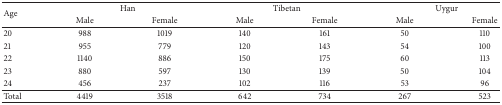
<table><thead><tr><td rowspan="2"><b>Age</b></td><td colspan="2"><b>Han</b></td><td colspan="2"><b>Tibetan</b></td><td colspan="2"><b>Uygur</b></td></tr><tr><td><b>Male</b></td><td><b>Female</b></td><td><b>Male</b></td><td><b>Female</b></td><td><b>Male</b></td><td><b>Female</b></td></tr></thead><tbody><tr><td>20</td><td>988</td><td>1019</td><td>140</td><td>161</td><td>50</td><td>110</td></tr><tr><td>21</td><td>955</td><td>779</td><td>120</td><td>143</td><td>54</td><td>100</td></tr><tr><td>22</td><td>1140</td><td>886</td><td>150</td><td>175</td><td>60</td><td>113</td></tr><tr><td>23</td><td>880</td><td>597</td><td>130</td><td>139</td><td>50</td><td>104</td></tr><tr><td>24</td><td>456</td><td>237</td><td>102</td><td>116</td><td>53</td><td>96</td></tr><tr><td>Total</td><td>4419</td><td>3518</td><td>642</td><td>734</td><td>267</td><td>523</td></tr></tbody></table>